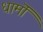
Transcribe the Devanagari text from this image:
धामॊं